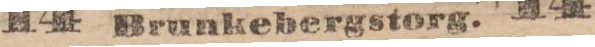
Brunkebergstorg. 14